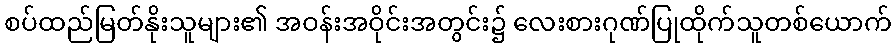
စပ်ထည်မြတ်နိုးသူများ၏ အဝန်းအဝိုင်းအတွင်း၌ လေးစားဂုဏ်ပြုထိုက်သူတစ်ယောက်